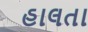
હાલતા